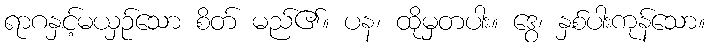
ရာဂနှင့်မယှဉ်သော စိတ် မည်၏။ ပန၊ ထိုမှတပါး။ ဒွေ၊ နှစ်ပါးကုန်သော။